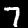
Digit: 7